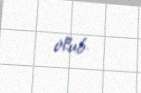
olub.